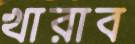
খারাব